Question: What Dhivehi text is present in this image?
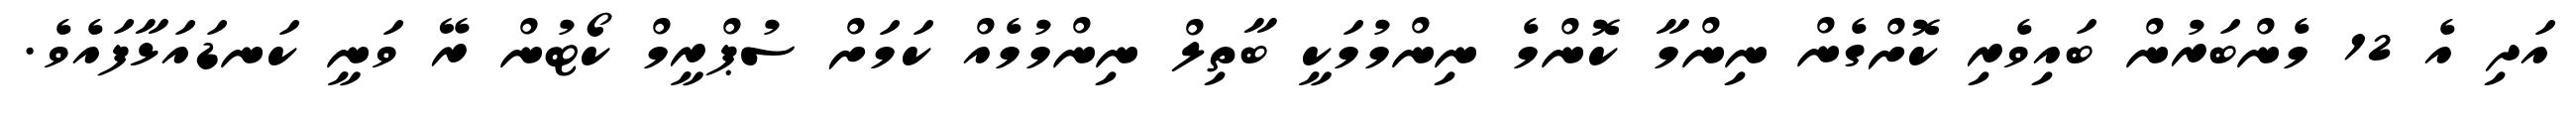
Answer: އަދި އެ 12 މެންބަރުން ބައިވެރި ކޮށްގެން ނިންމާ ކޮންމެ ނިންމުމަކީ ބާތިލް ނިންމުމެއް ކަމަށް ސުޕްރީމް ކޯޓުން ރޭ ވަނީ ކަނޑައަޅާފައެވެ.